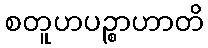
စတူဟပဉ္စာဟာတိ